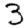
Digit: 3